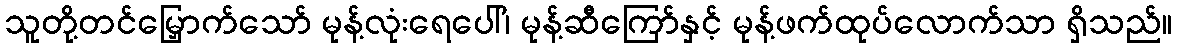
သူတို့တင်မြှောက်သော် မုန့်လုံးရေပေါ်၊ မုန့်ဆီကြော်နှင့် မုန့်ဖက်ထုပ်လောက်သာ ရှိသည်။